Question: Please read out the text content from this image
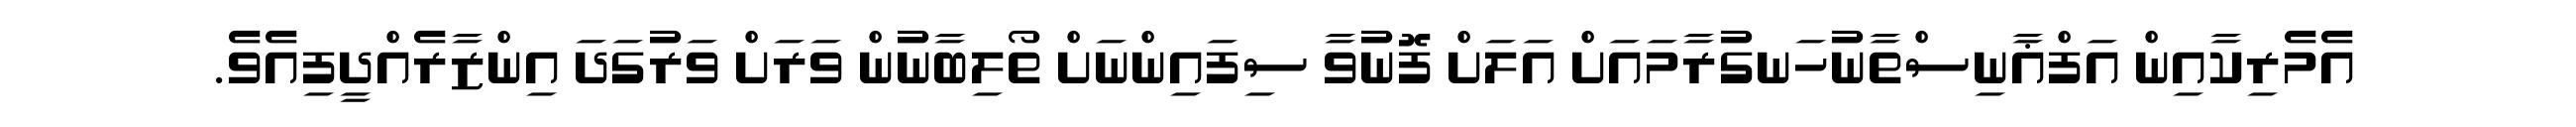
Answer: އެމެރިކާއިން އަފްޣާނިސްތާނުހަނގުރާމައަށް އަލަށް ފޮނުވާ ސިފައިންނަށް ތޯލިބާނުން ވަރަށް ވަރުގަދަ އިންޒާރެއްދީފިއެވެ.